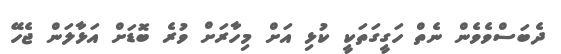
ދެބަސްވެވެން ނެތް ހަގީގަތަކީ ކުޅި އަށް މިހާރަށް ވުރެ ބޮޑަށް އަޅާލަން ޖެހޭ